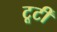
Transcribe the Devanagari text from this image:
टूटीं